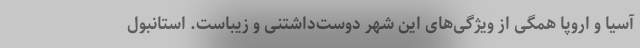
آسیا و اروپا همگی از ویژگی‌های این شهر دوست‌داشتنی و زیباست. استانبول